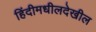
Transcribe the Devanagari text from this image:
हिंदीमधीलदेखील